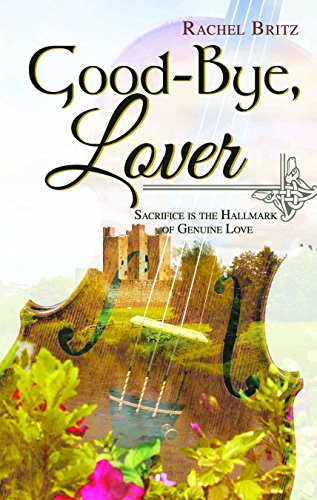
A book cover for Good-Bye, Lover; Rachel Britz; Romance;